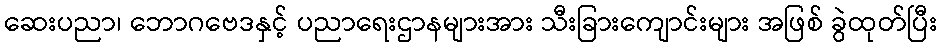
ဆေးပညာ၊ ဘောဂဗေဒနှင့် ပညာရေးဌာနများအား သီးခြားကျောင်းများ အဖြစ် ခွဲထုတ်ပြီး